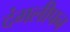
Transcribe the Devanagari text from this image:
दंगलीपन